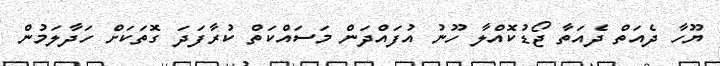
ޔޫހާ ދެއަތް ދެއަތާ ޖޯޑުކޮއްލާ ހޫނު އުފައްދަން މަސައްކަތް ކުރާފަދަ ގޮތަކަށް ހަދާލަމުން